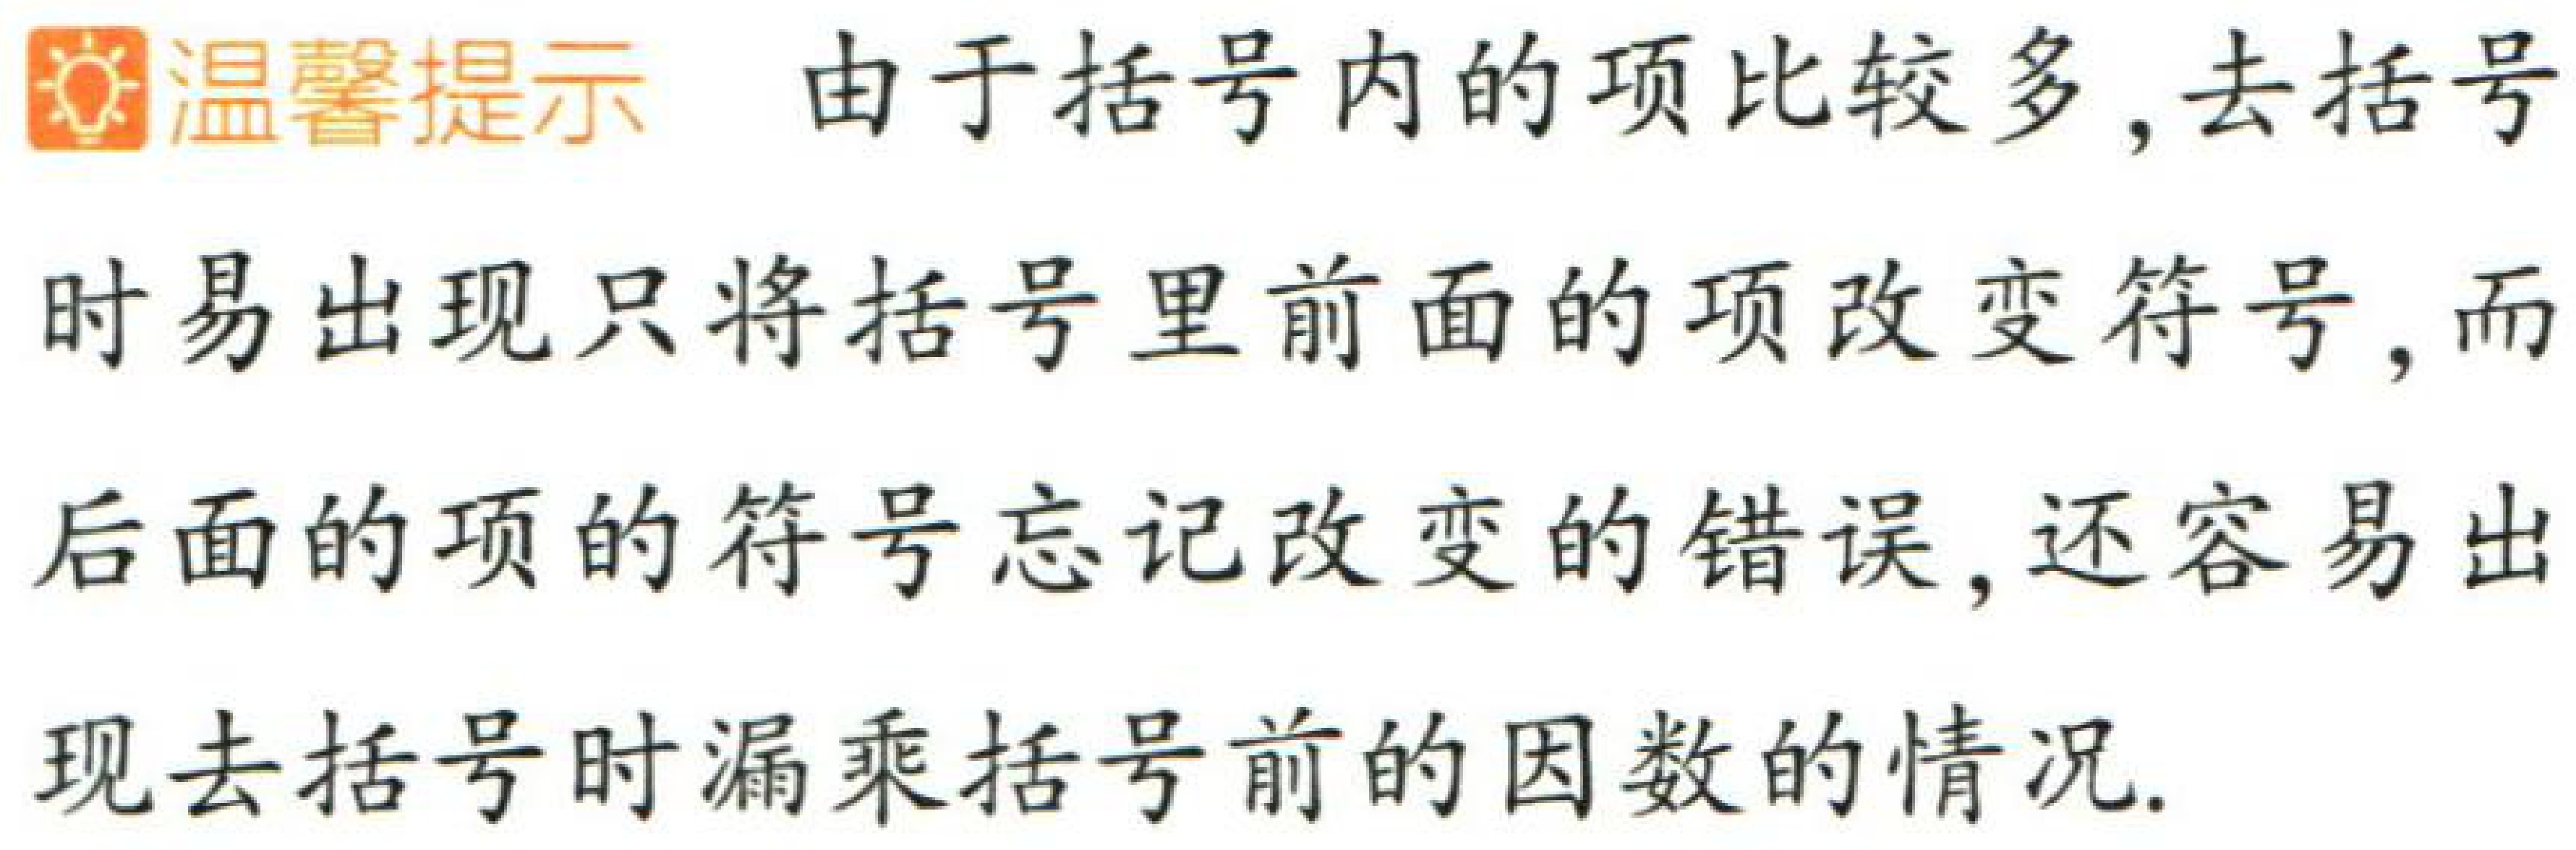
温馨提示 由于括号内的项比较多, 去括号时易出现只将括号里前面的项改变符号, 而后面的项的符号忘记改变的错误, 还容易出现去括号时漏乘括号前的因数的情况.